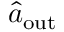
\hat { a } _ { \mathrm { o u t } }